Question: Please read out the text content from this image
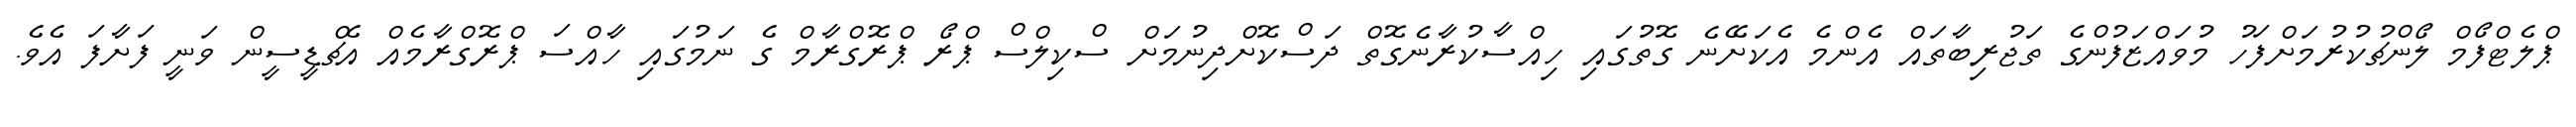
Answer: ޕްލެޓްފޯމް ލޯންޗުކުރުމަށްފަހު މުވައްޒަފުންގެ ތަޖުރިބާތައް އެންމެ އެކަށޭނެ ގޮތުގައި ހިއްސާކުރާނެގޮތް ދަސްކޮށްދިނުމަށް ސްކިލްސް ޕްރޯ ޕްރޮގްރާމް ގެ ނަމުގައި ހާއްސަ ޕްރޮގްރާމެއް އެޗްޑީސީން ވަނީ ފަށާފަ އެވެ.